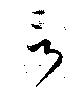
言